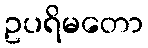
ဥပရိမတော